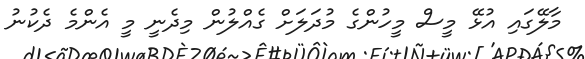
މާލޭގައި އުޅޭ މީސް މީހުންގެ މުދަލަށް ގެއްލުން މިދެނީ މީ އެންމެ ދެކުނު